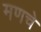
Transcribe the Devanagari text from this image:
मणचे